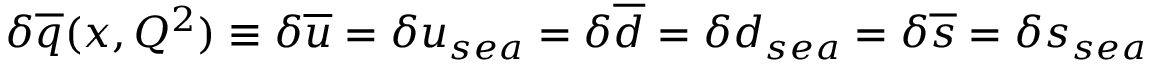
\delta \overline { { { q } } } ( x , Q ^ { 2 } ) \equiv \delta \overline { { { u } } } = \delta u _ { s e a } = \delta \overline { { { d } } } = \delta d _ { s e a } = \delta \overline { { { s } } } = \delta s _ { s e a }